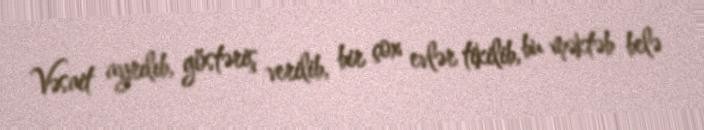
Vəsait ayrılıb, göstəriş verilib, bir çox evlər tikilib, bu məktəb belə